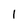
Character: 1